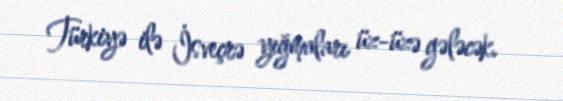
Türkiyə ilə İsveçrə yığmaları üz-üzə gələcək.